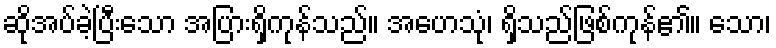
ဆိုအပ်ခဲ့ပြီးသော အပြားရှိကုန်သည်။ အဟေသုံ၊ ရှိသည်ဖြစ်ကုန်၏။ သော၊